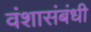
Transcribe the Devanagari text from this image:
वंशासंबंधी